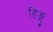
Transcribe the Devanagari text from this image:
हिङ्गु